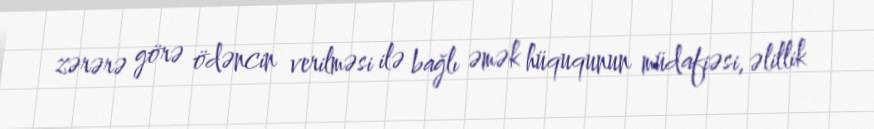
zərərə görə ödəncin verilməsi ilə bağlı əmək hüququnun müdafiəsi, əlillik